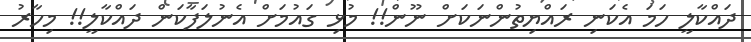
ދައްކާލީ ހަމަ އެކަނި ރައްޔިތުންނަކަށް ނޫން!! މުޅި ގައުމަށް އެނުލަފާކަން ދައްކާލީ!! މިހާރު